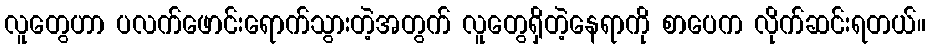
လူတွေဟာ ပလက်ဖောင်းရောက်သွားတဲ့အတွက် လူတွေရှိတဲ့နေရာကို စာပေက လိုက်ဆင်းရတယ်။